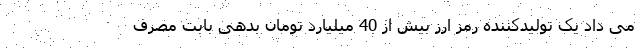
می داد یک تولیدکننده رمز ارز بیش از 40 میلیارد تومان بدهی بابت مصرف